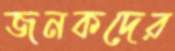
জনকদের